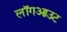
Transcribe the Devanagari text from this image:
लॉगआउट